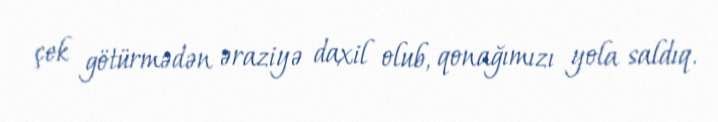
çek götürmədən əraziyə daxil olub, qonağımızı yola saldıq.